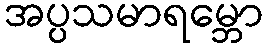
အပ္ပသမာရမ္ဘော